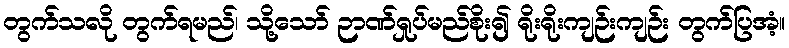
တွက်သလို တွက်ရမည်၊ သို့သော် ဉာဏ်ရှုပ်မည်စိုး၍ ရိုးရိုးကျဉ်းကျဉ်း တွက်ပြအံ့။